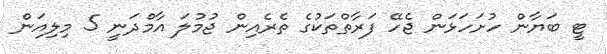
ޓީ ބަޔާން ހުށަހަޅަން ޖެހޭ ފަރާތްތަކުގެ ތެރެއިން ޖުމުލަ އާމްދަނީ 5 މިލިއަން